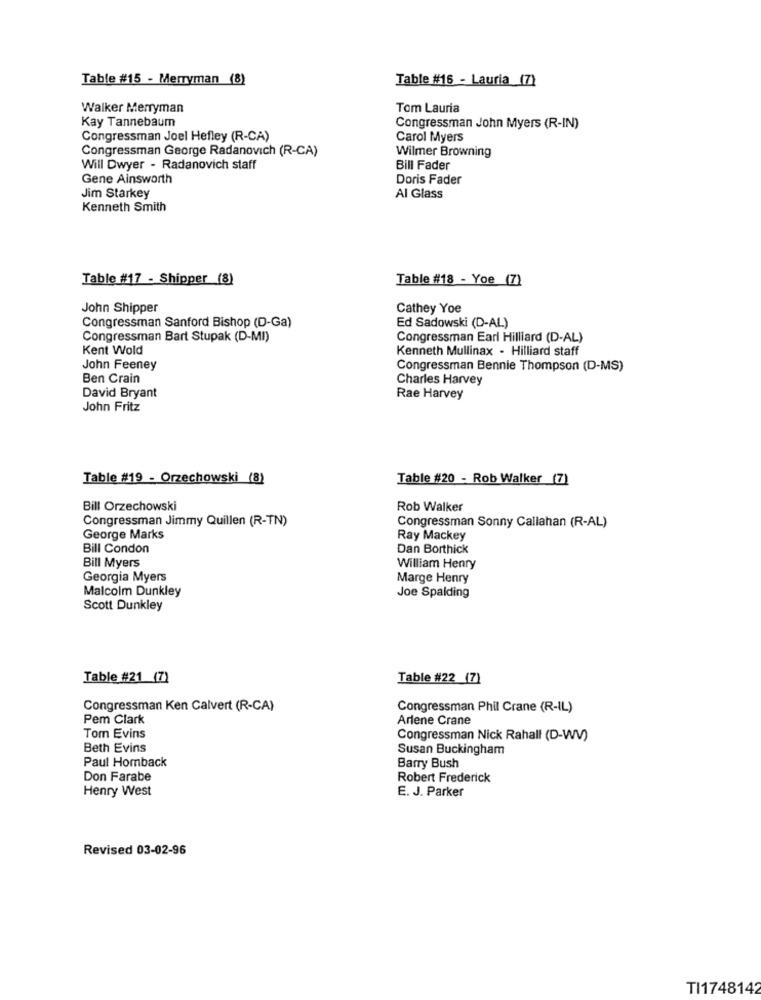
Table #15 - Merryman (8)
Table #16 - Lauria (7)
Walker Merryman
Tom Lauria
Kay Tannebaum
Congressman John Myers (R-IN)
Congressman Joel Hefley (R-CA)
Carol Myers
Congressman George Radanovich (R-CA)
Wilmer Browning
Will Dwyer - Radanovich staff
Bill Fader
Gene Ainsworth
Doris Fader
Jim Starkey
Al Glass
Kenneth Smith
Table #17 - Shipper (8)
Table #18 - Yoe (7)
John Shipper
Cathey Yoe
Congressman Sanford Bishop (D-Ga)
Ed Sadowski (D-AL)
Congressman Bart Stupak (D-MI)
Congressman Earl Hilliard (D-AL)
Kent Wold
Kenneth Mullinax - Hilliard staff
John Feeney
Congressman Bennie Thompson (D-MS)
Ben Crain
Charles Harvey
David Bryant
Rae Harvey
John Fritz
Table #19 - Orzechowski (8)
Table #20 - Rob Walker (7)
Bill Orzechowski
Rob Walker
Congressman Jimmy Quillen (R-TN)
Congressman Sonny Callahan (R-AL)
George Marks
Ray Mackey
Bill Condon
Dan Borthick
Bill Myers
William Henry
Georgia Myers
Marge Henry
Malcolm Dunkley
Joe Spalding
Scott Dunkley
Table #21 (7)
Table #22 (7)
Congressman Ken Calvert (R-CA)
Congressman Phil Crane (R-IL)
Pem Clark
Arlene Crane
Tom Evins
Congressman Nick Rahall (D-WV)
Beth Evins
Susan Buckingham
Paul Homback
Barry Bush
Don Farabe
Robert Frederick
Henry West
E. J. Parker
Revised 03-02-96
TI1748142